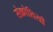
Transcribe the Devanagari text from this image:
संक्रांतियाँ